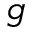
g